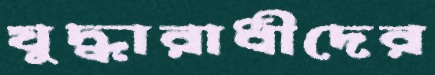
যুদ্ধারাধীদের